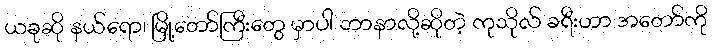
ယခုဆို နယ်ရော၊ မြို့တော်ကြီးတွေ မှာပါ ဘာနာလို့ဆိုတဲ့ ကုသိုလ် ခရီးဟာ အတော်ကို